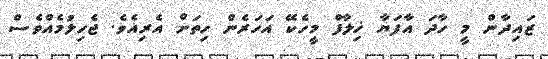
ޒައިދާން މީ ހާދަ އާފަޔާ ޚިލާފް މީހެކޭ އަހަރެން ހިތަށް އެރިއެވެ. ޖެހިލުމެއްވެސް